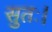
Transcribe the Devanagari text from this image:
सुतः।